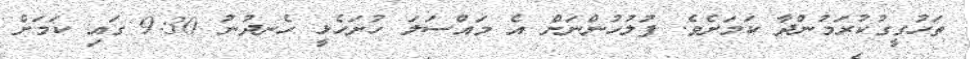
ތަހުގީގުކުރަމުންދާ ކަމަށެވެ. ފުލުހުންނަށް އެ މައްސަލަ ހުށަހެޅީ ހެނދުނު 9:30 ގައި ކަމަށް